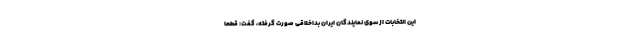
این انتخابات از سوی نمایندگان ایران بداخلاقی صورت گرفته، گفت: قطعا